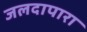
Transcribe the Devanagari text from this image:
जलदापारा